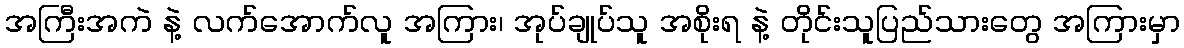
အကြီးအကဲ နဲ့ လက်အောက်လူ အကြား၊ အုပ်ချုပ်သူ အစိုးရ နဲ့ တိုင်းသူပြည်သားတွေ အကြားမှာ